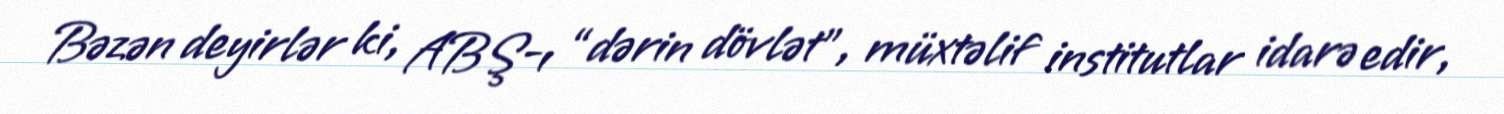
Bəzən deyirlər ki, ABŞ-ı “dərin dövlət”, müxtəlif institutlar idarə edir,